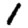
Digit: 1